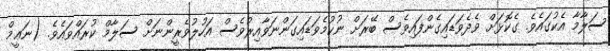
ސަލާމާ އެކުގައެވެ. ގެކޮޅަށް ވެދެވަޑައިގެންފައިވެސް ބޭރަށް ނުކުމެވަޑައިގަންނަވާއިރުވެސް އަހުލުވެރީންނަށް ސަލާމް ކުރައްވައެވެ. (ނަޢީމް